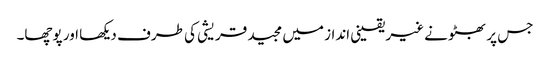
جس پر بھٹو نے غیر یقینی انداز میں مجید قریشی کی طرف دیکھا اور پوچھا۔